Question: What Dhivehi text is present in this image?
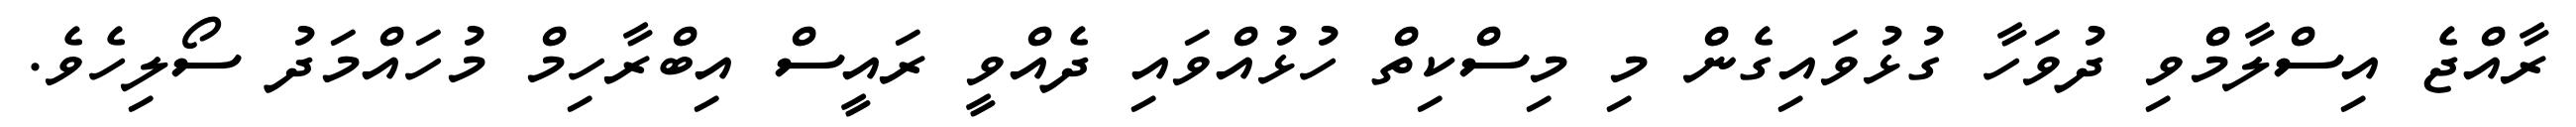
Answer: ރާއްޖެ އިސްލާމްވި ދުވަހާ ގުޅުވައިގެން މި މިސްކިތް ހުޅުއްވައި ދެއްވީ ރައީސް އިބްރާހިމް މުހައްމަދު ސޯލިހެވެ.